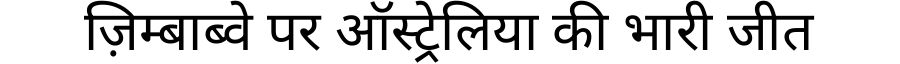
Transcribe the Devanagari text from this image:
ज़िम्बाब्वे पर ऑस्ट्रेलिया की भारी जीत